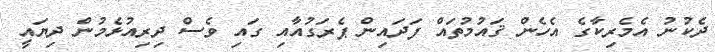
ދެކުނު އެމެރިކާގެ އެހެން ޤައުމުތައް ފަދައިން ޕެރަގުއާއި ގައި ވެސް ދިރިއުޅެމުން ދިޔައީ